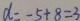
d = - 5 + 8 = 3